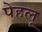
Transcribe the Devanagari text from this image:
पेहलू